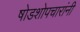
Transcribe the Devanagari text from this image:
षोडशोपचारांनी